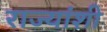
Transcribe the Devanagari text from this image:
राज्‍यांशी